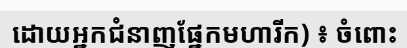
ដោយអ្នកជំនាញផ្នែកមហារីក) ៖ ចំពោះ